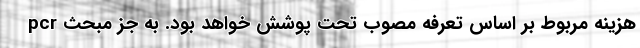
pcr هزینه مربوط بر اساس تعرفه مصوب تحت پوشش خواهد بود. به جز مبحث